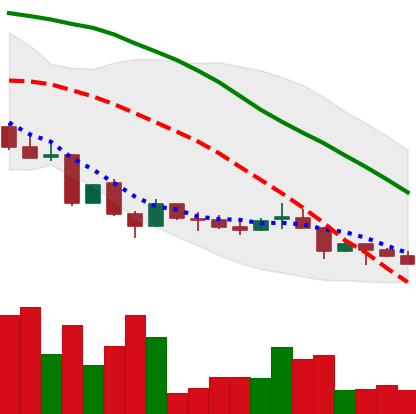
Ticker: LINK-USD
Chart end date: 2018-06-26
Forward return: 29.53%
Label: up_7plus